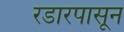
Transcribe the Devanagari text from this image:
रडारपासून